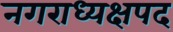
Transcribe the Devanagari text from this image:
नगराध्यक्षपद